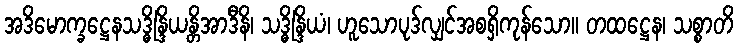
အဒိမောက္ခဋ္ဌေနသဒ္ဓိန္ဒြိယန္တိအာဒီနိ၊ သဒ္ဓိန္ဒြိယံ၊ ဟူသောပုဒ်လျှင်အစရှိကုန်သော။ တထဋ္ဌေန၊ သစ္စာတိ